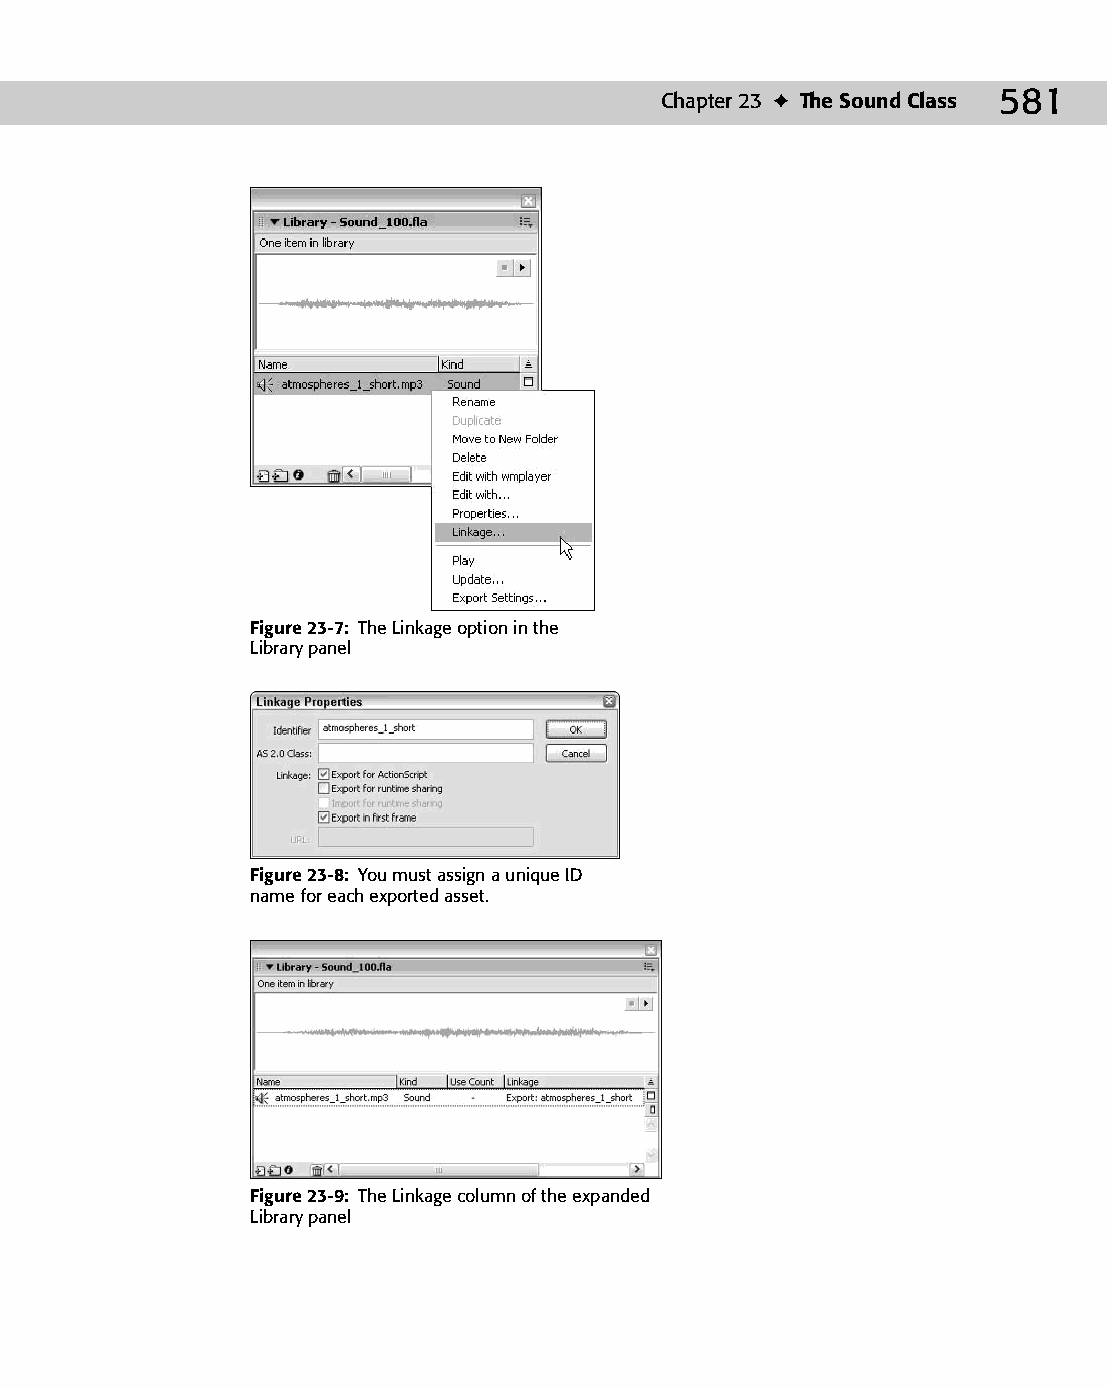
30 543547 ch23.qxd 3/24/04 4:09 PM Page 581
 Chapter 23 ✦ The Sound Class 581
 Figure 23-7: The Linkage option in the
 Library panel
 Figure 23-8: You must assign a unique ID
 name for each exported asset.
 Figure 23-9: The Linkage column of the expanded
 Library panel